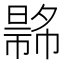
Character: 𢄾